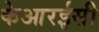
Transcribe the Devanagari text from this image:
केआरईसी